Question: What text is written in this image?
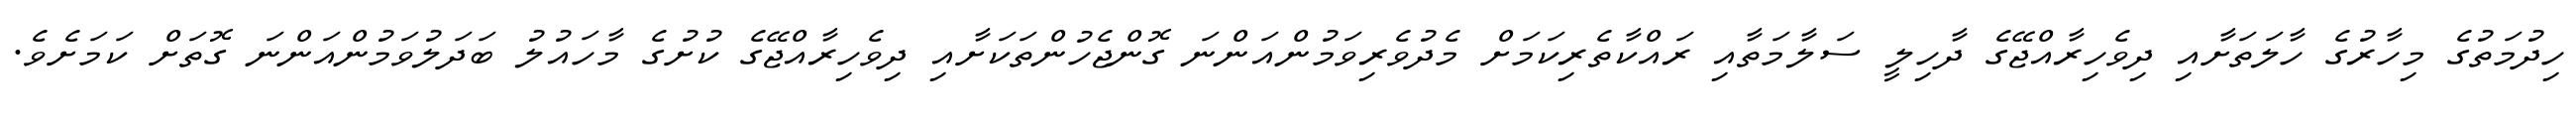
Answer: ހިދުމަތުގެ މިހާރުގެ ހާލަތަށާއި ދިވެހިރާއްޖޭގެ ދާހިލީ ސަލާމަތާއި ރައްކާތެރިކަމަށް މެދުވެރިވަމުންއަންނަ ގޮންޖެހުންތަކަށާއި ދިވެހިރާއްޖޭގެ ކުށުގެ މާހައުލު ބަދަލުވަމުންއަންނަ ގޮތަށް ކަމަށެވެ.